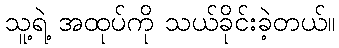
သူ့ရဲ့ အထုပ်ကို သယ်ခိုင်းခဲ့တယ်။